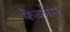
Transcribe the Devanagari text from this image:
फैकोम